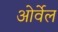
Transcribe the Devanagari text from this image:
ओर्वेल